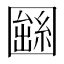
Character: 𡈫